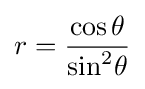
r={\frac {\cos \theta }{\sin ^{2}\!\theta }}